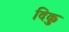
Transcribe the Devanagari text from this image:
दिकु